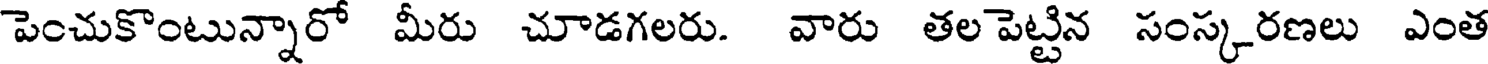
పెంచుకొంటున్నారో మీరు చూడగలరు. వారు తల పెట్టిన సంస్కరణలు ఎంత